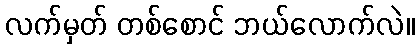
လက်မှတ် တစ်စောင် ဘယ်လောက်လဲ။